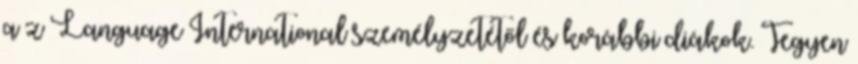
a z Language International személyzetétől és korábbi diákok. Tegyen